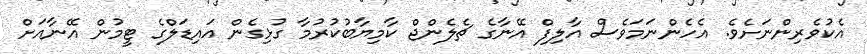
އެކުވެރިންނަށެވެ. އެހެންނަމަވެސް އާލިފް އޭނާގެ ޗެލެންޖް ކާމިޔާބުކުރުމާ ގުޅިގެން އައިޑަލްގެ ޓީމުން އޭނާއަށް